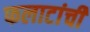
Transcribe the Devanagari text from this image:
फलाटांची